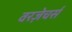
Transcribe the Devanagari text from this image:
वरज़ेचर्स